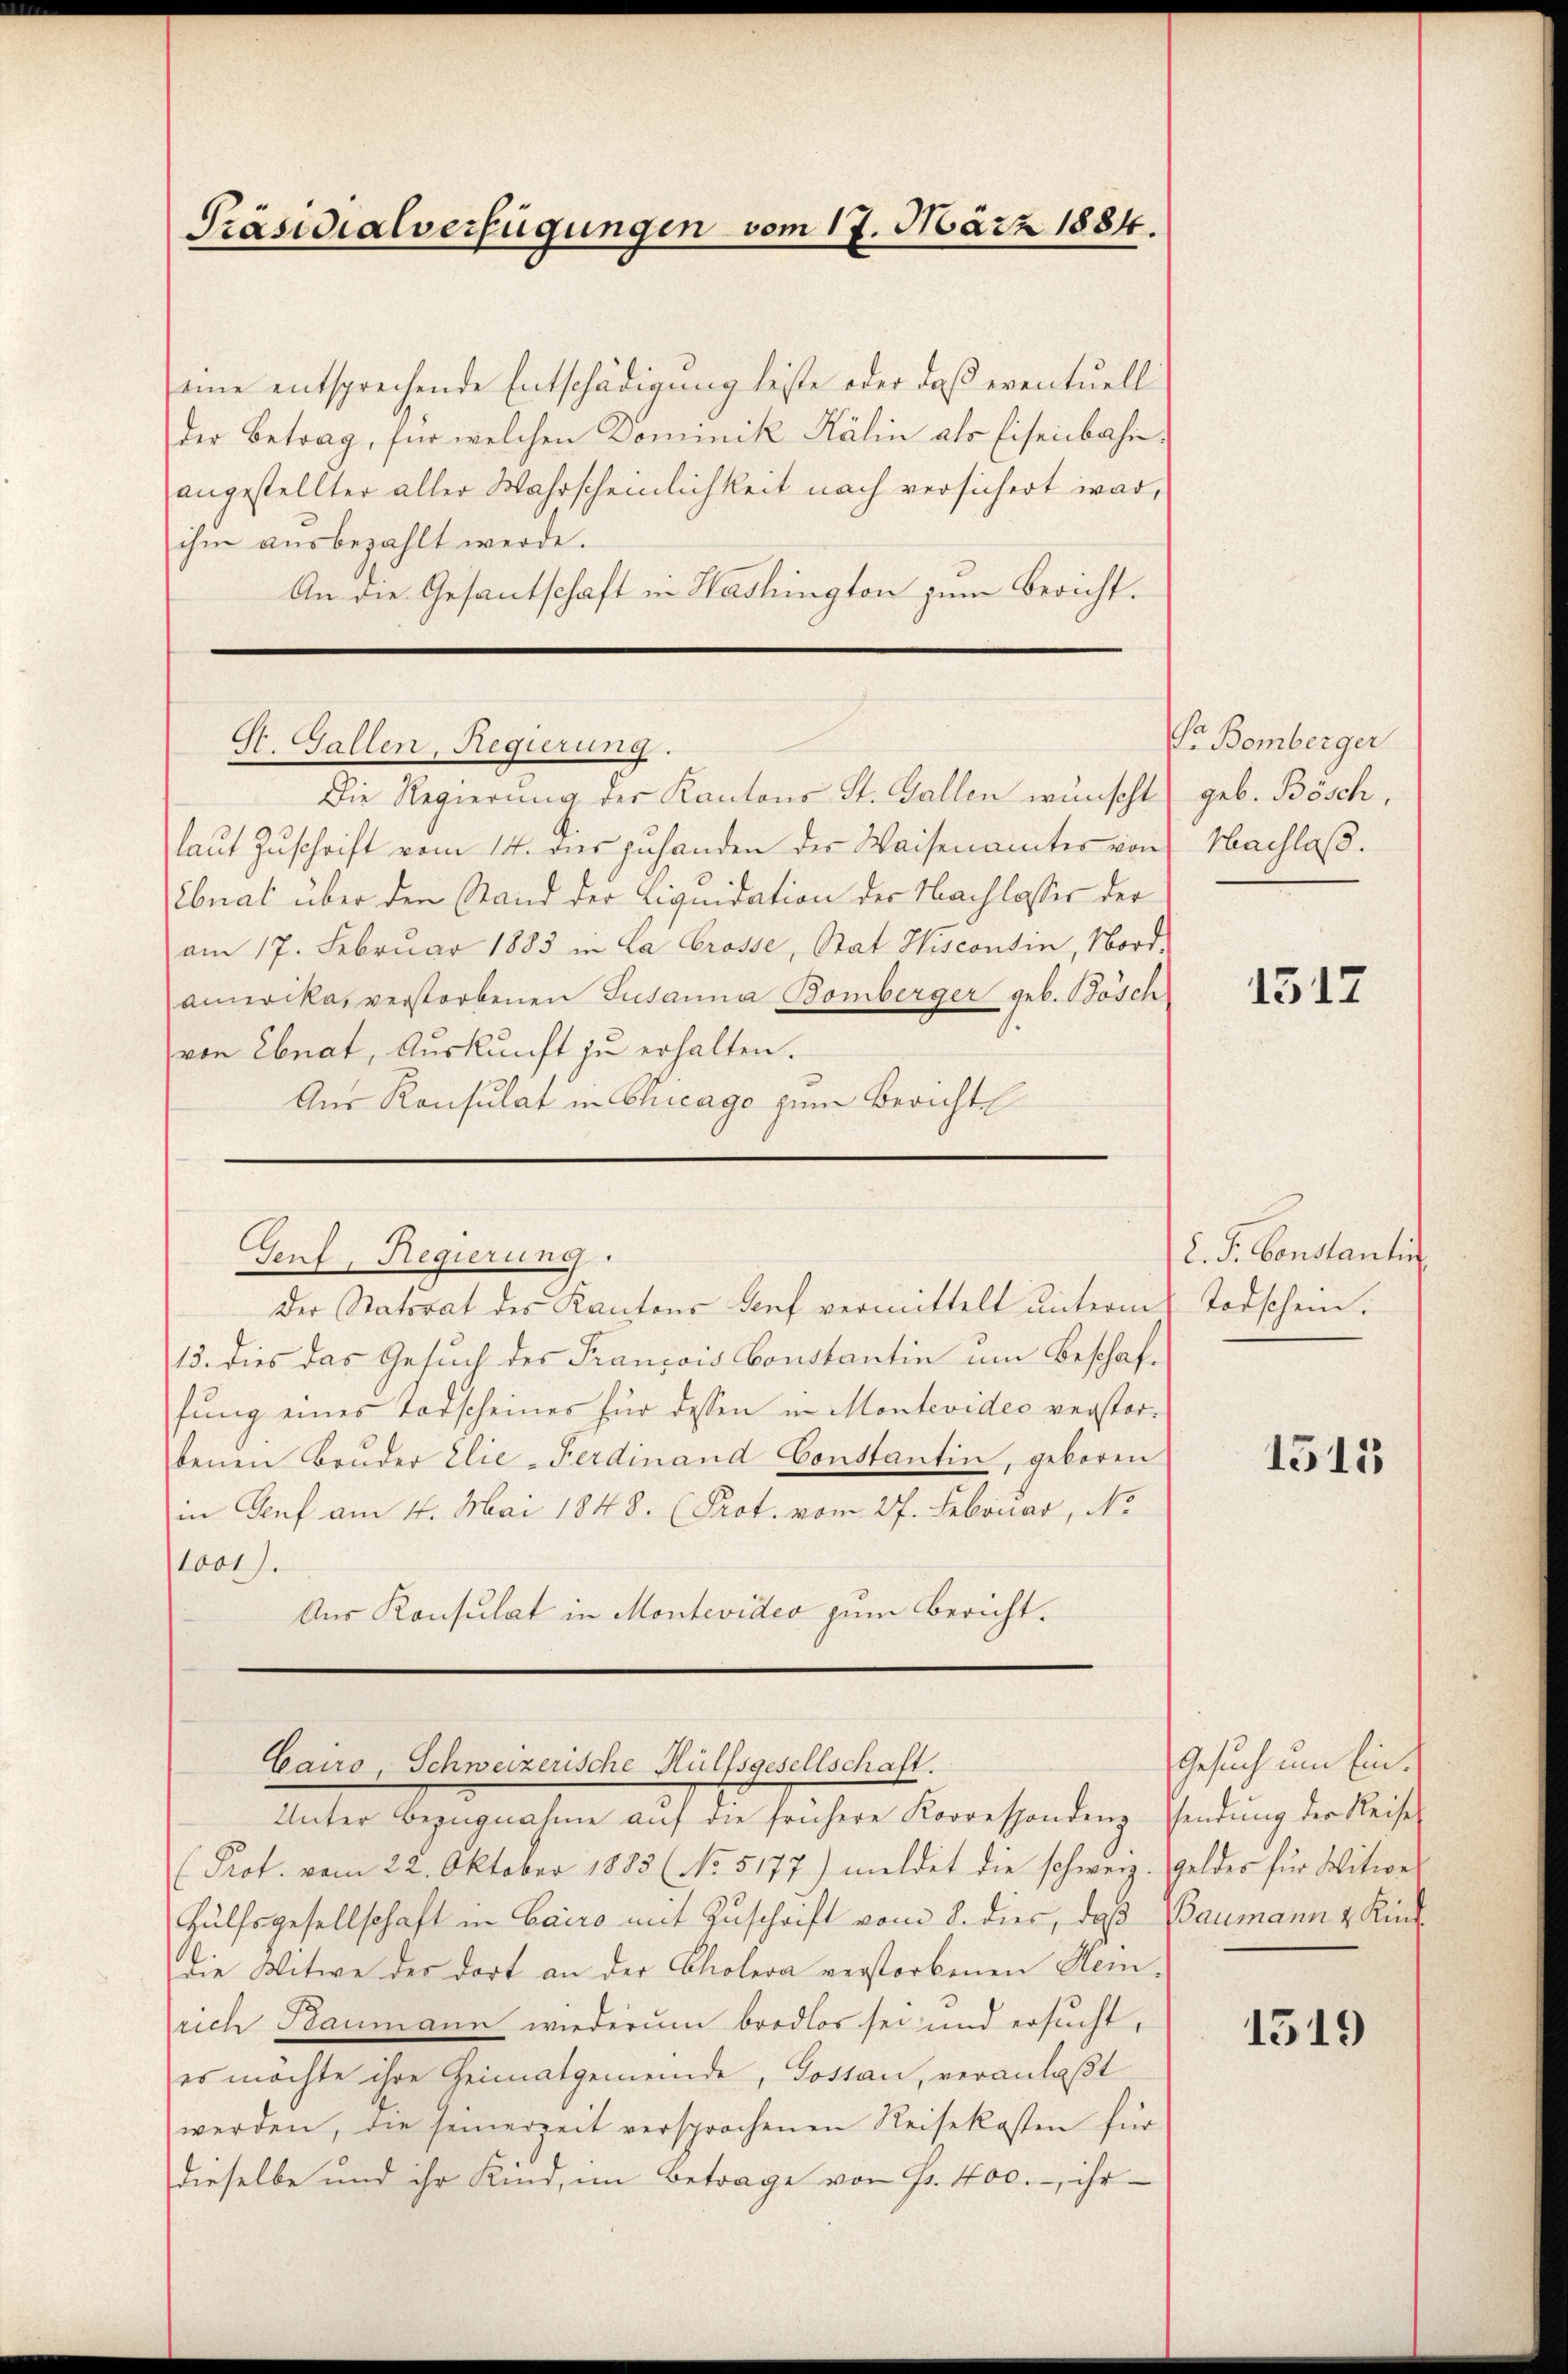
Präsidialverfügungen vom 17. März 1884.

eine entsprechende Entschädigung leiste oder daß eventuell
der Betrag, für welchen Dominik Kälin als Eisenbahnangestellter aller Wahrscheinlichkeit nach versichert war,
ihm ausbezahlt werde.
An die Gesantschaft in Washington zum Bericht.

laut Zuschrift vom 14. dies zuhanden der Waisenamtes von
Ebnat über den Stand der Liquidation der Nachlasser der
am 17. Februar 1883 in La Crosse, Stat. Hisconsin, Nord-
amerika, verstorbenen Susanna Bomberger geb. Bösch
von Ebnat, Auskunft zu erhalten.
Aus Konsulat in Chicago zum Bericht
Genf, Regierung.
Der Natorat des Kantons Genf vermittelt unterm
13. dies das Gesuch des François Constantin um Beschaffŭng eines Todscheines für dessen in Montevideo verstor-
benen Brŭder Elie-Ferdinand Constantin, geboren
in Genf am 4. Mai 1848. (Prot. vom 27. Februar, No
1001).
Aus Konsulat in Montevideo zum Bericht.

St. Gallen, Regierung.
Die Regierung der Kantons St. Gallen wünscht

Unter Bezugnahme auf die frühere Korrespondenz, Gendung der Reise
(Prot. vom 22. Oktober 1885 (No. 5177) meldet die schweiz. Geldes für Witwe
Hülfsgesellschaft in Cairo mit Zuschrift vom 8. dies, daß Baumann u. Kinddie Witwe des dort an der Cholera verstorbenen Stem-
rich Baumann wiederum brodlos sei und ersucht,
es möchte ihre Heimatgemeinde, Gostan, veranlaßt
werden, die seinerzeit versprochenen Reisekosten für
dieselbe und ihr Kind, im Betrage von P. 400.- ihr

Cairo, Schweizerische Hülfsgesellschaft.

Pr. Bomberger
geb. Bösch,
Nachlaß.

1517

L. G. Constanti
Todschein.

1515

Gesuch um Ein¬

1519